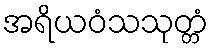
အရိယဝံသသုတ္တံ